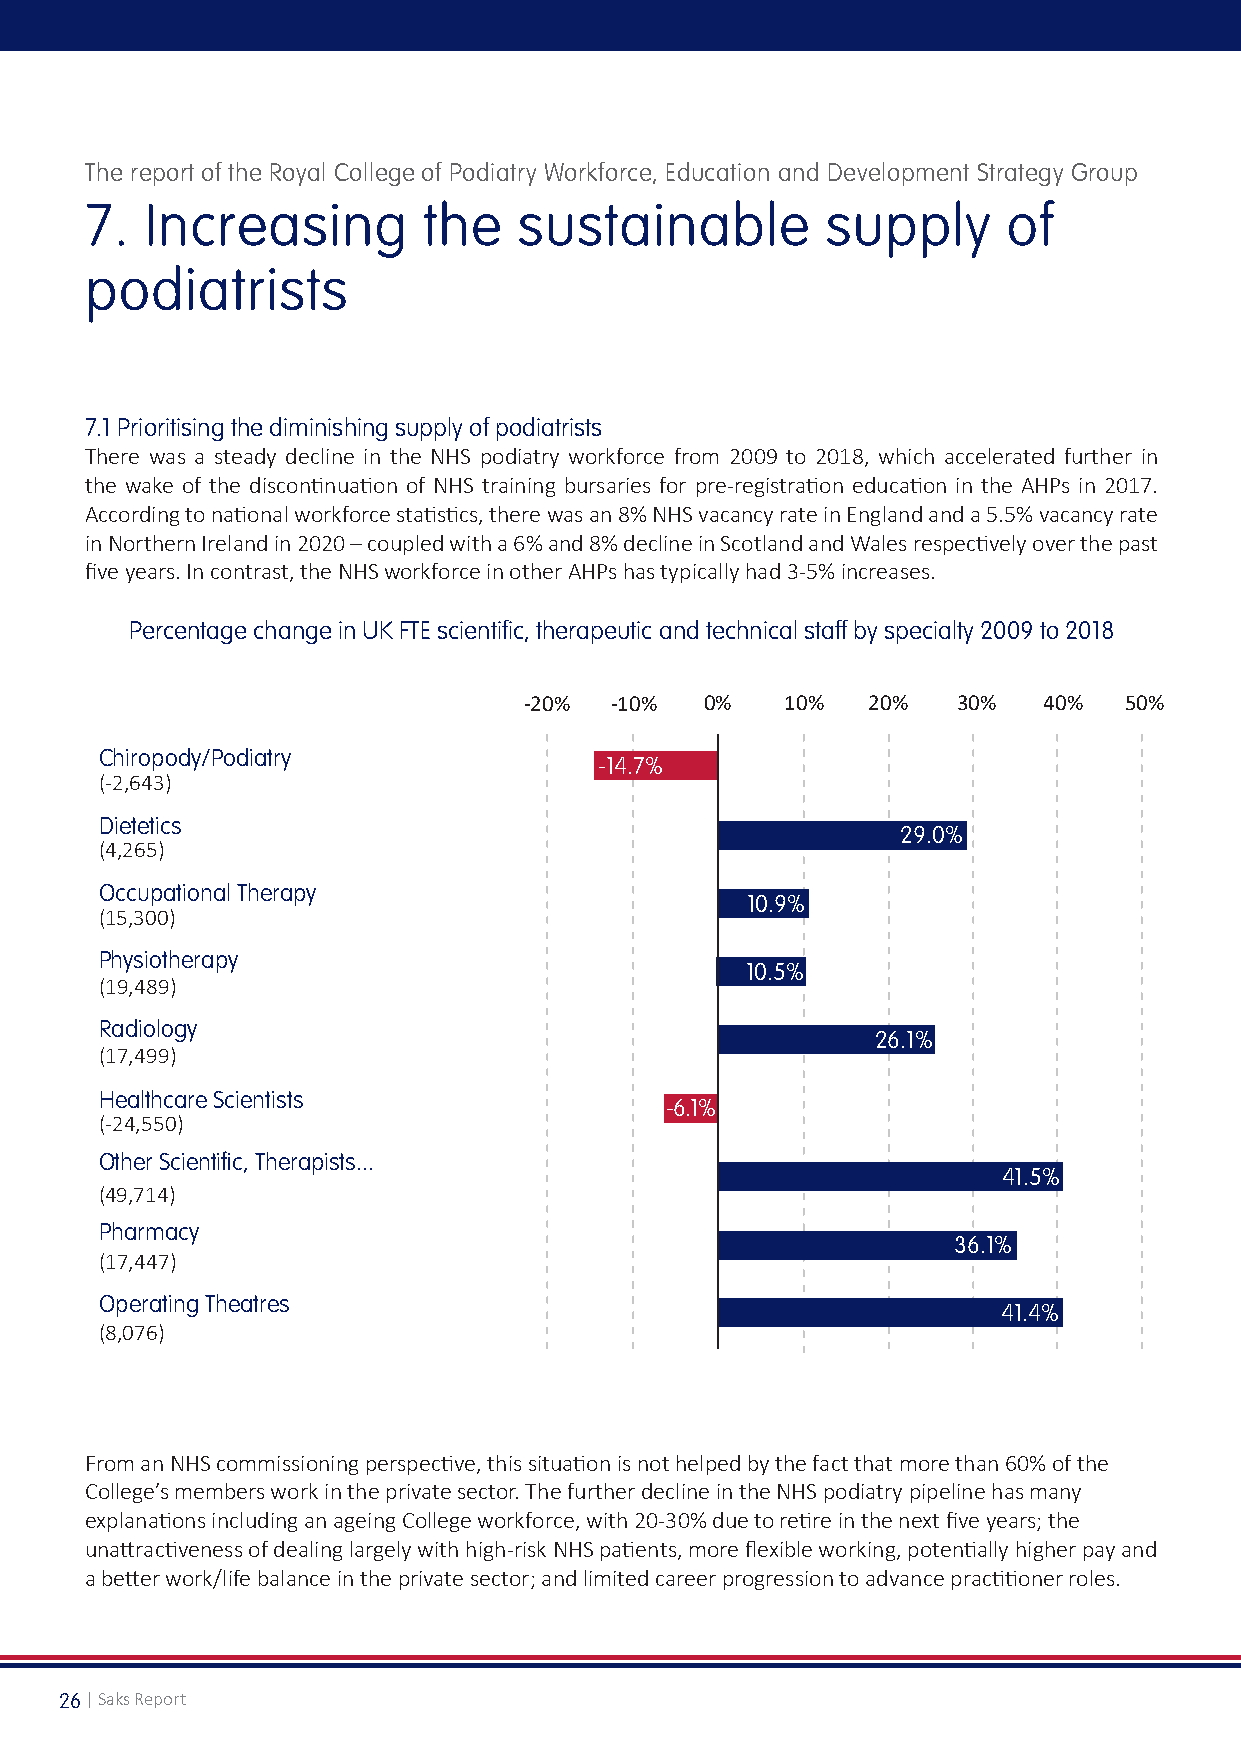
The report of the Royal College of Podiatry Workforce, Education and Development Strategy Group
 7.  Increasing        the   sustainable          supply      of
 podiatrists
 7.1 Prioritising the diminishing supply of podiatrists
 There was a steady decline in the NHS podiatry workforce from 2009 to 2018, which accelerated further in
 the wake of the discontinuation of NHS training bursaries for pre-registration education in the AHPs in 2017.
 According to national workforce statistics, there was an 8% NHS vacancy rate in England and a 5.5% vacancy rate
 in Northern Ireland in 2020 – coupled with a 6% and 8% decline in Scotland and Wales respectively over the past
 five years. In contrast, the NHS workforce in other AHPs has typically had 3-5% increases.
 Percentage change in UK FTE scientific, therapeutic and technical staff by specialty 2009 to 2018
 -20% -10%   0%   10%  20%   30%   40%  50%
 Chiropody/Podiatry
 -14.7%
 (-2,643)
 Dietetics
 29.0%
 (4,265)
 Occupational Therapy
 10.9%
 (15,300)
 Physiotherapy
 10.5%
 (19,489)
 Radiology
 26.1%
 (17,499)
 Healthcare Scientists
 -6.1%
 (-24,550)
 Other Scientific, Therapists...
 41.5%
 (49,714)
 Pharmacy
 36.1%
 (17,447)
 Operating Theatres
 41.4%
 (8,076)
 From an NHS commissioning perspective, this situation is not helped by the fact that more than 60% of the
 College’s members work in the private sector. The further decline in the NHS podiatry pipeline has many
 explanations including an ageing College workforce, with 20-30% due to retire in the next five years; the
 unattractiveness of dealing largely with high-risk NHS patients, more flexible working, potentially higher pay and
 a better work/life balance in the private sector; and limited career progression to advance practitioner roles.
 26 | Saks Report